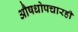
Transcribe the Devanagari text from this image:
औषधोपचारही